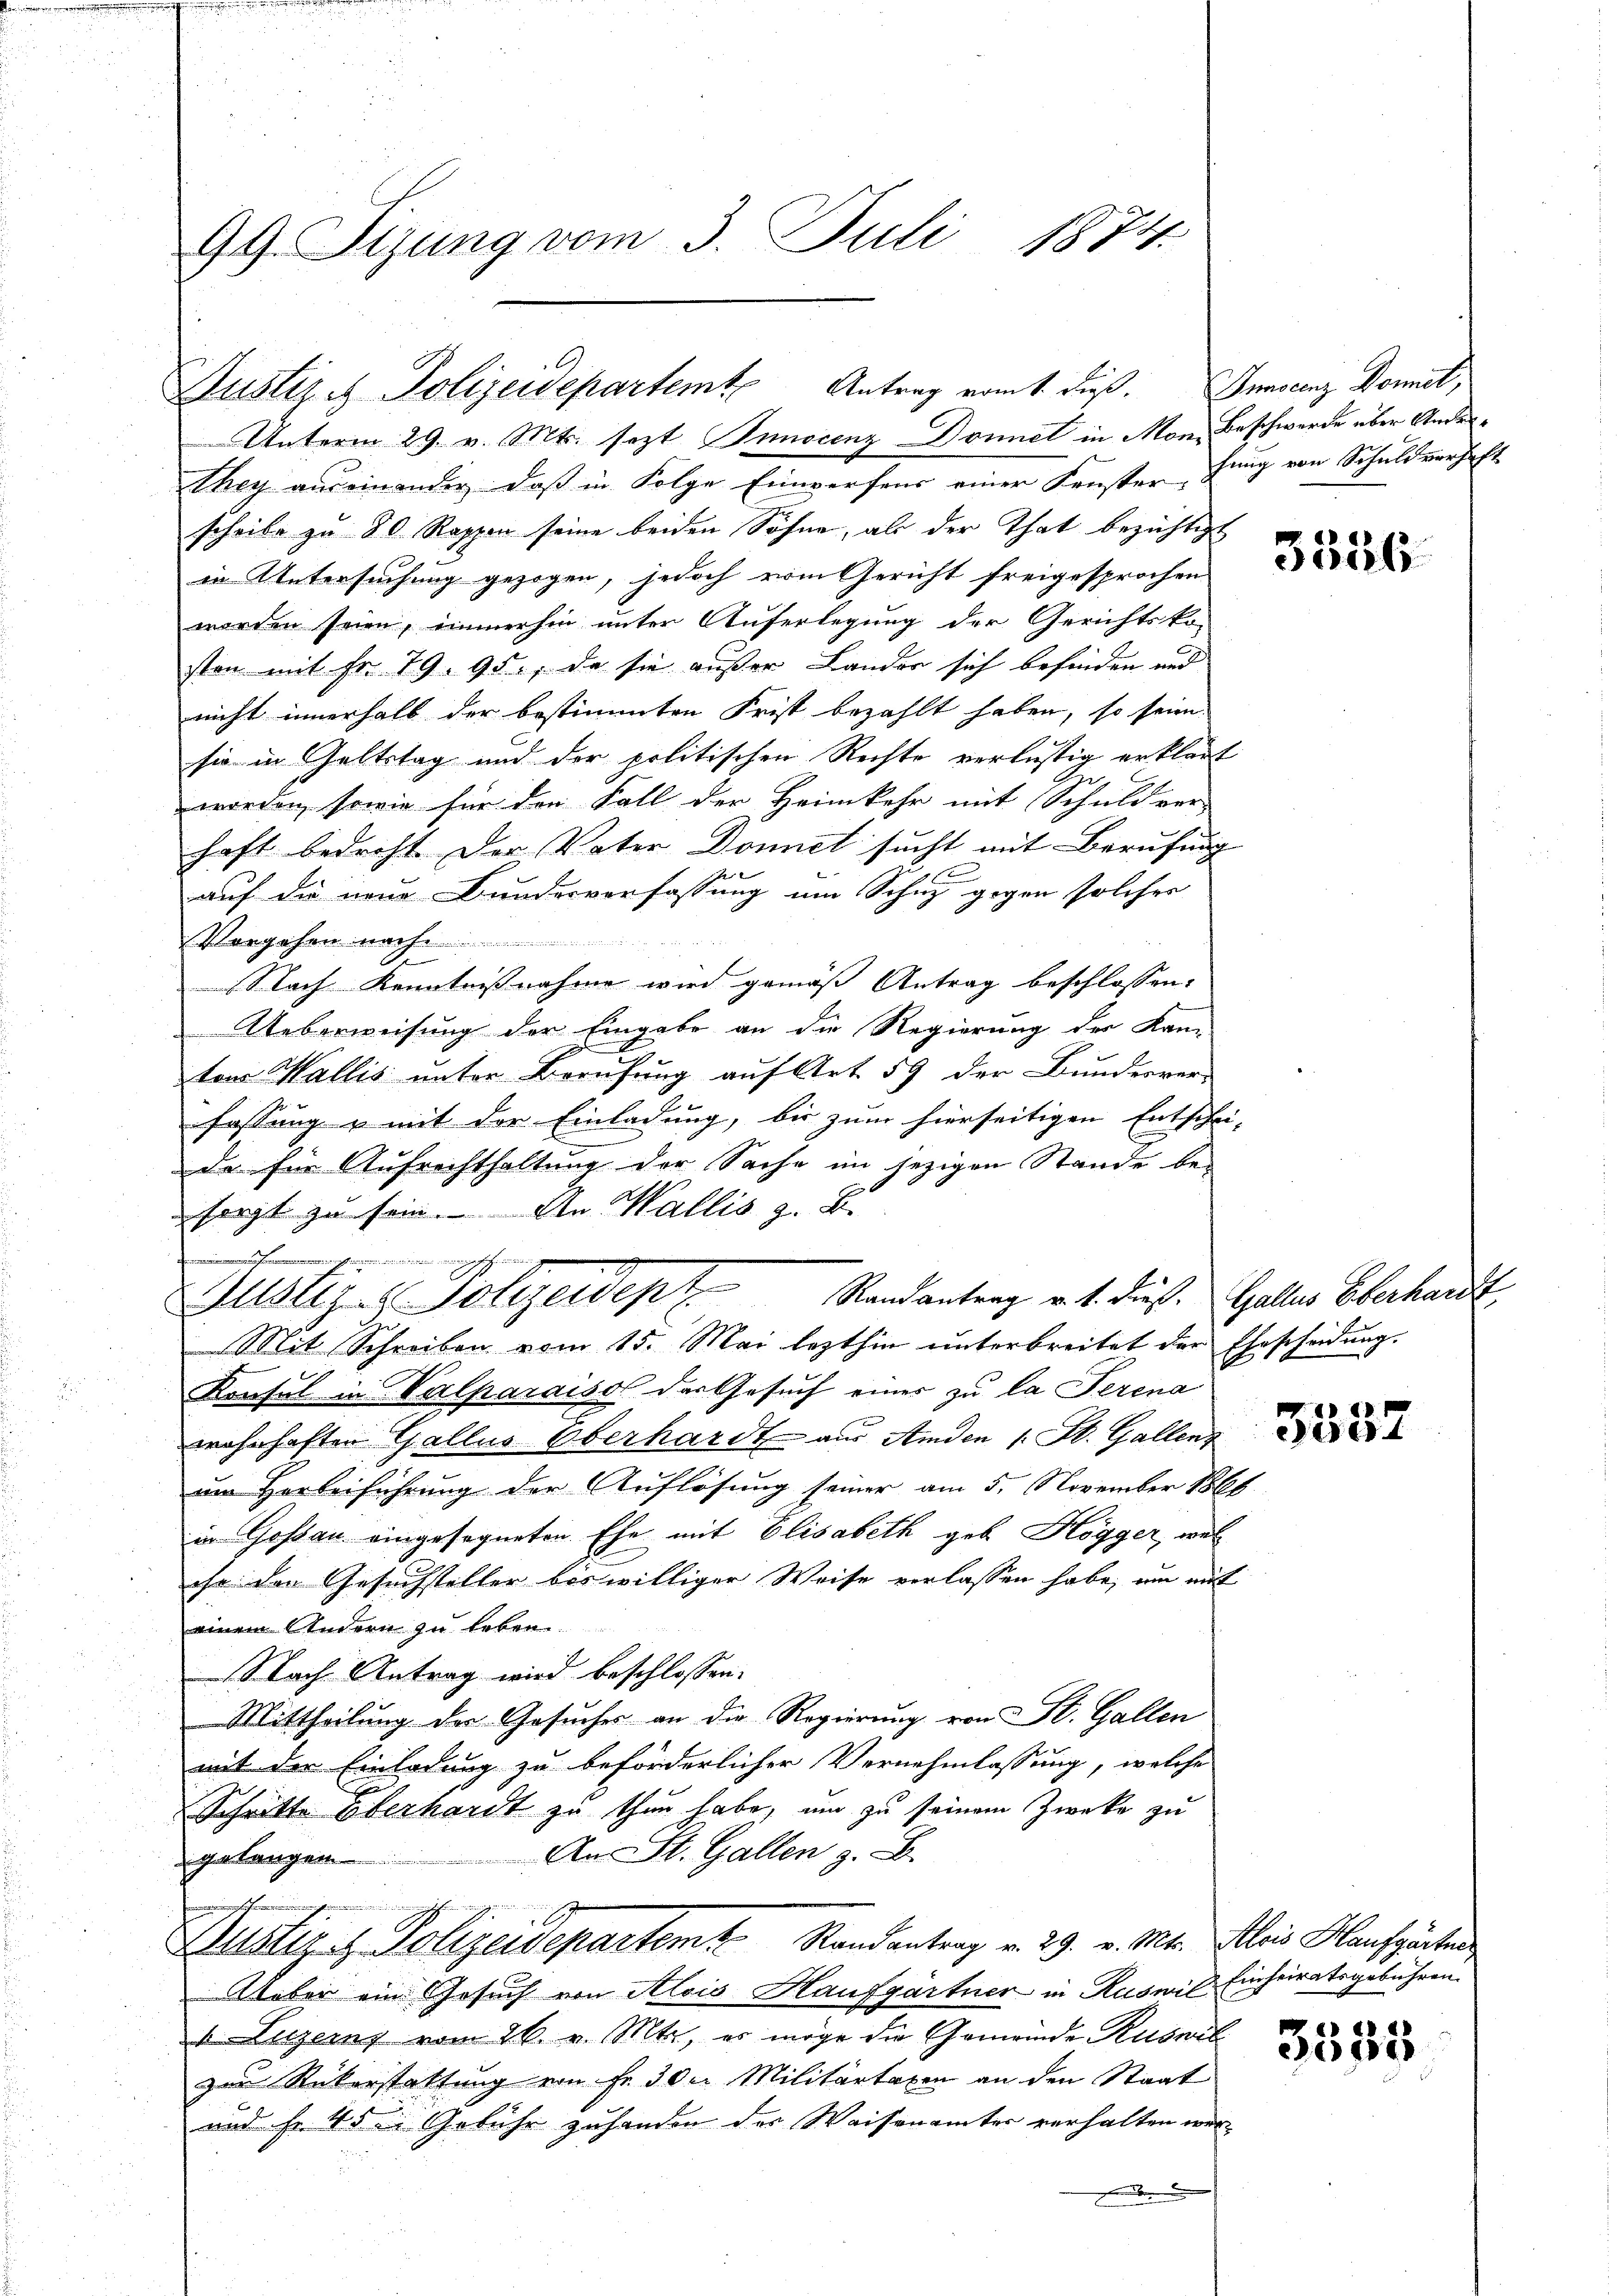
Unterm 29. v. Mts. sezt Innocenz Donnet in Mon. Beschwerde über Anderthey auseinandig, daß in Folge Einwerfens einer Fenster Jung von Schuldverhaft
scheibe zu 80 Rappen seine beiden Söhne, als der That bezichtigt
in Untersuchung gezogen, jedoch vom Gericht freigesprochen
worden seien, immerhin unter Auferlegung der Gerichtsko-
ston mit Fr. 79. 95., da sie außer Lander sich befinden und
nicht innerhalb der bestimmten Frist bezahlt haben, so seien
sie in Geltstag und der politischen Rechte verlustig erklärt
worden, sowie für den Fall der Heimkehr mit Schuldver-
haft bedroht. Der Vater Donnel sucht mit Berufung
auf die neue Bundesverfassung um Schur gegen solches
Vergehen nach
Nach Kenntnisnahme wird gemäß Antrag beschlossen:
Ueberweisung der Eingabe an die Regierung der Kan-
2
ten Wallis unter Berufung auf Art. 59 der Bunderver-
fassung u mit der Einladung, bis zum hierseitigen Entschei-
da für Aufrechthaltung der Sache im jezigen Stande be-
sorgt zu sein. An Wallis z. B.

Mit Schreiben vom 15. Mai lezthin ŭnterbreitet der Ehescheidŭng.
Konsul in Valparaisol der Gesuch einer zu la Serena
wohnhaften Galles Oberhardt aus Amden 1 St. Gallenum Herbeiführung der Auflösung seiner am 5. November 1866
in Gossau eingesegneten Ehe mit Elisabeth geb. Högger, wel
ihr den Gesuchsteller bis williger Weise verlassen habe, um mit
einem Andern zu leben
Nach Antrag wird beschlossen:
Mittheilung der Gesuches an die Regierung von St. Gallen
mit der Einladung zu beförderlicher Vernehmlassung, welche
Schritte Oberhardt zu thun habe, um zu seinem Zwecke zu
An St. Gallen z. B.
gelangen

Dustiz & Polizeidepartem Randantrag v. 29. v. Mts. Alois Kaufparten
Ueber ein Gesuch von Alois Haufgärtner in Ruswil Einheiratsgebühren.
 Luzern vom 26. v. Mts., er möge die Gemeinde Ruswil
zur Rükerstattung von Fr. 30er Militärtaxen an den Staat
und fr. 45 u. Gebühr zuhanden des Waisenämter verhalten wer-

GG. Tizung vom 3. Juli 1874.

Justiz & Polizeidepartemte Antrag vom 1. Fuß. Invenz Domit,

Mlllige Polizeident Randanterg v. 1. dieß. Galles Eberhand

3326

3532

3535